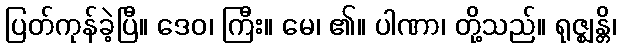
ပြတ်ကုန်ခဲ့ပြီ။ ဒေဝ၊ ကြီး။ မေ၊ ၏။ ပါဏာ၊ တို့သည်။ ရုဇ္ဈန္တိ၊